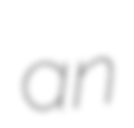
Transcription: an